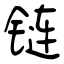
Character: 链